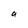
Character: a